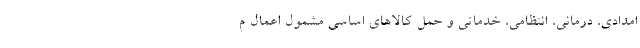
امدادی، درمانی، انتظامی، خدماتی و حمل کالاهای اساسی مشمول اعمال م